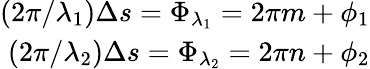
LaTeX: \begin{array}{r}{(2\pi/\lambda_{1})\Delta s=\Phi_{\lambda_{1}}=2\pi m+\phi_{1}}\\ {(2\pi/\lambda_{2})\Delta s=\Phi_{\lambda_{2}}=2\pi n+\phi_{2}}\end{array}